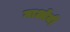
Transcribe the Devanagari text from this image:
गाओनी